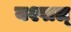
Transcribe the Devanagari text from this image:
यश्पाल्